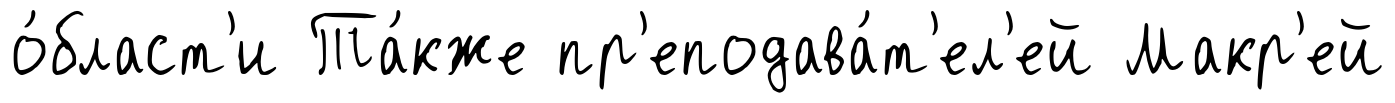
о́бласт'и Та́кже пр'еподава́т'ел'ей Макр'ей